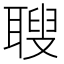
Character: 䏂